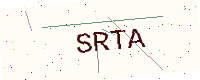
Text: SRTA